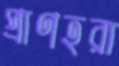
প্রাণহরা